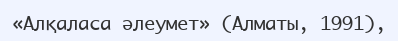
«Алқаласа әлеумет» (Алматы, 1991),